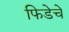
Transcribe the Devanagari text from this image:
फिडेचे